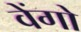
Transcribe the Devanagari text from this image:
वेंगो